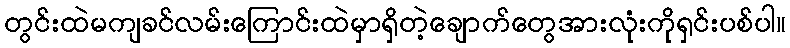
တွင်းထဲမကျခင်လမ်းကြောင်းထဲမှာရှိတဲ့ချောက်တွေအားလုံးကိုရှင်းပစ်ပါ။